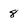
Character: 8